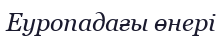
Еуропадағы өнері